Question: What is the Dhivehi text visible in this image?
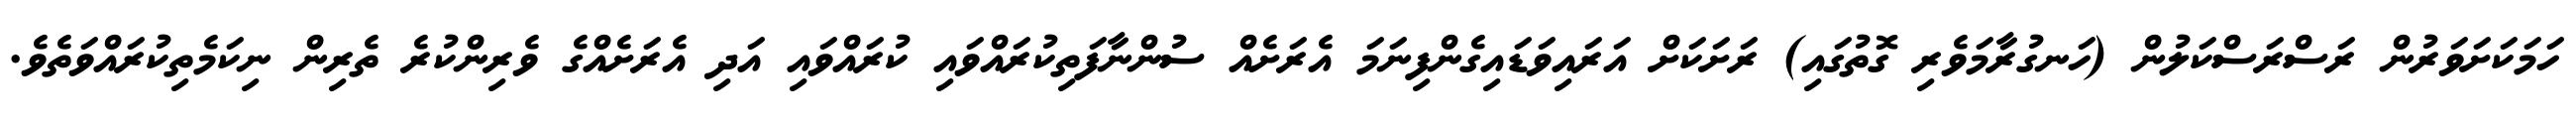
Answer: ހަމަކަށަވަރުން ރަސްރަސްކަލުން (ހަނގުރާމަވެރި ގޮތުގައި) ރަށަކަށް އަރައިވަޑައިގެންފިނަމަ އެރަށެއް ސުންނާފަތިކުރައްވައި ކުރައްވައި އަދި އެރަށެއްގެ ވެރިންކުރެ ތެރިން ނިކަމެތިކުރައްވަތެވެ.